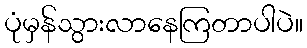
ပုံမှန်သွားလာနေကြတာပါပဲ။